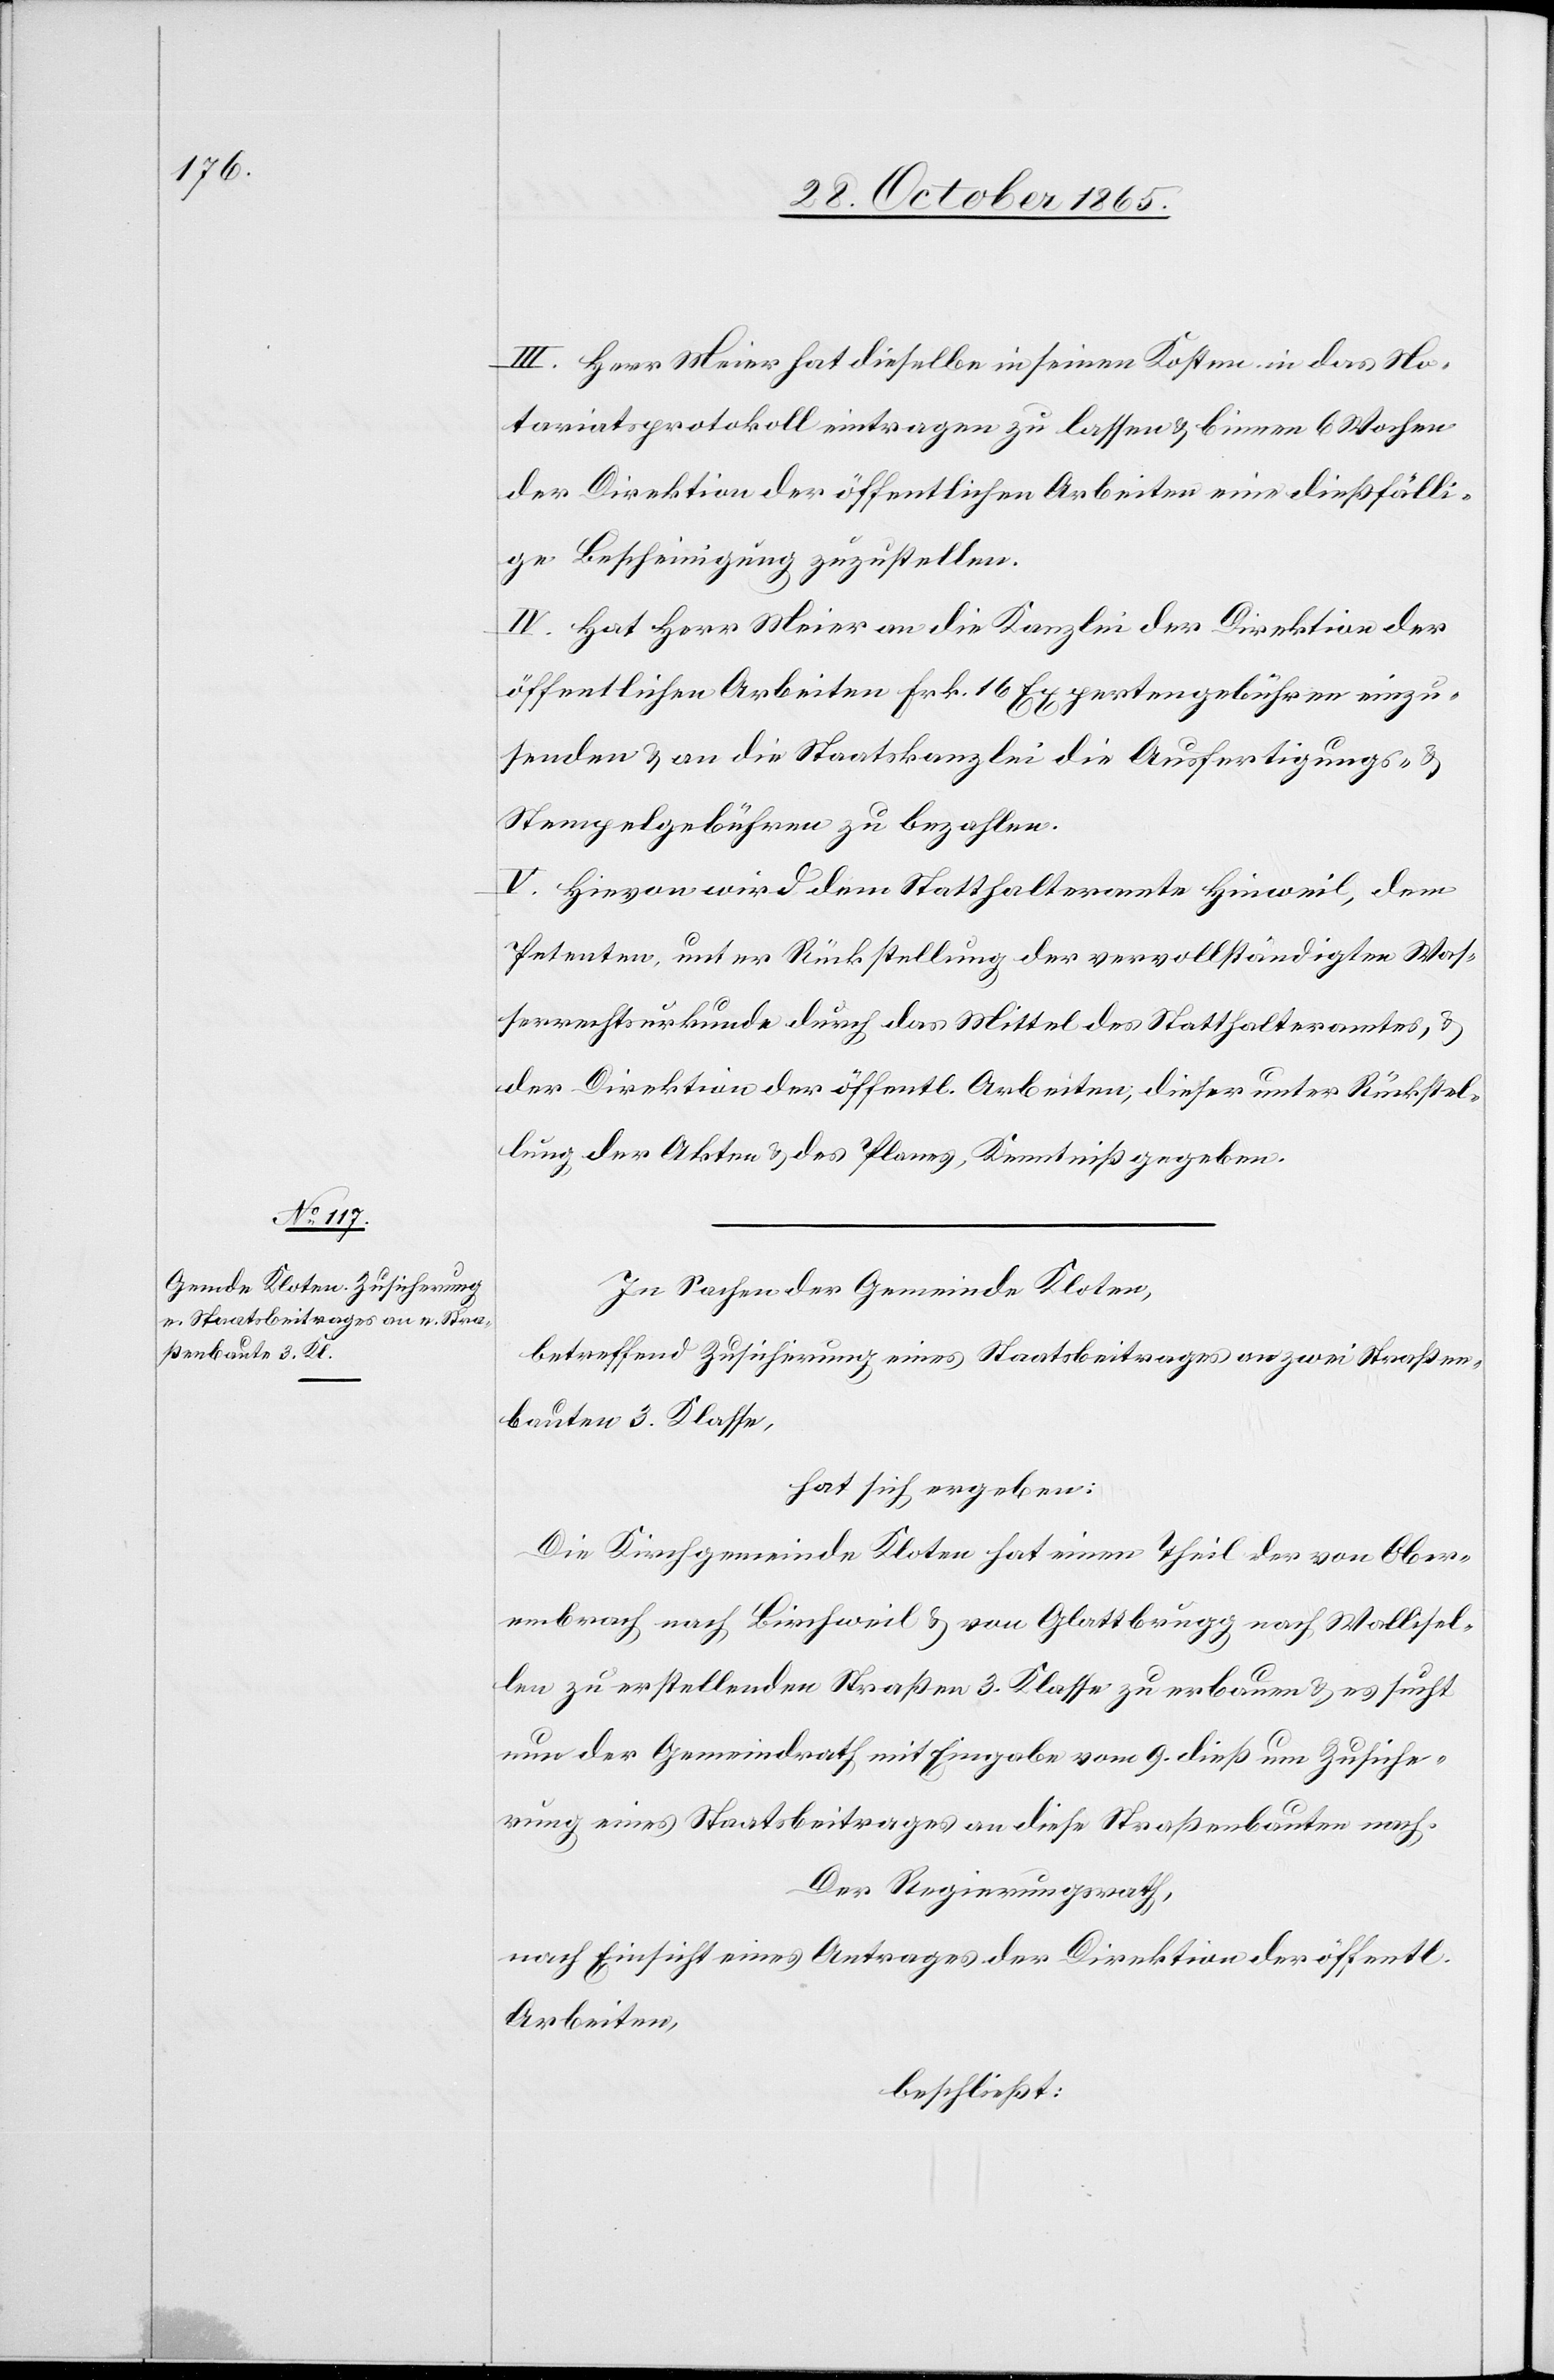
III. Herr Meier hat dieselbe in seinen Kosten in das No¬
tariatsprotokoll eintragen zu lassen & binnen 6 Wochen
der Direktion der öffentlichen Arbeiten eine dießfälli¬
ge Bescheinigung zuzustellen.
IV. Hat Herr Meier an die Kanzlei der Direktion der
öffentlichen Arbeiten Frk. 16 Expertengebühren einzu¬
senden & an die Staatskanzlei die Ausfertigungs- &
Stempelgebühren zu bezahlen.
V. Hievon wird dem Statthalteramte Hinweil, dem
Petenten, unter Rückstellung der vervollständigten Was¬
serrechtsurkunde durch das Mittel des Statthalteramtes, &
der Direktion der öffentl. Arbeiten, dieser unter Rückstel¬
lung der Akten & des Planes, Kenntniß gegeben.
In Sachen der Gemeinde Kloten,
betreffend Zusicherung eines Staatsbeitrages an zwei Straßen¬
bauten 3. Klasse,
hat sich ergeben:
Die Kirchgemeinde Kloten hat einen Theil der von Ober¬
embrach nach Birchweil & von Glattbrugg nach Wallisel¬
len zu erstellenden Straßen 3. Klasse zu erbauen & es sucht
nun der Gemeindrath mit Eingabe vom 9. dieß um Zusiche¬
rung eines Staatsbeitrages an diese Straßenbauten nach.
Der Regierungsrath,
nach Einsicht eines Antrages der Direktion der öffentl.
Arbeiten,
beschließt: